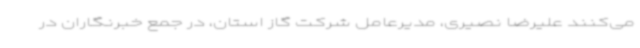
می‌کنند علیرضا نصیری، مدیرعامل شرکت گاز استان، در جمع خبرنگاران در